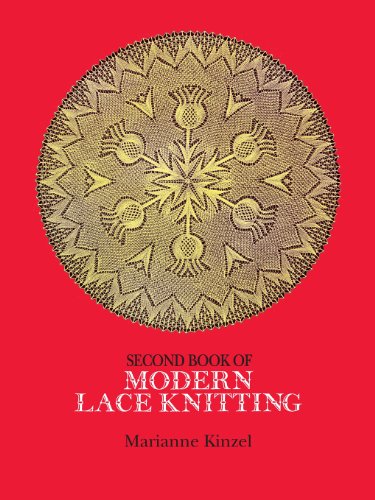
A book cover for Second Book of Modern Lace Knitting; Marianne Kinzel; Crafts, Hobbies & Home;